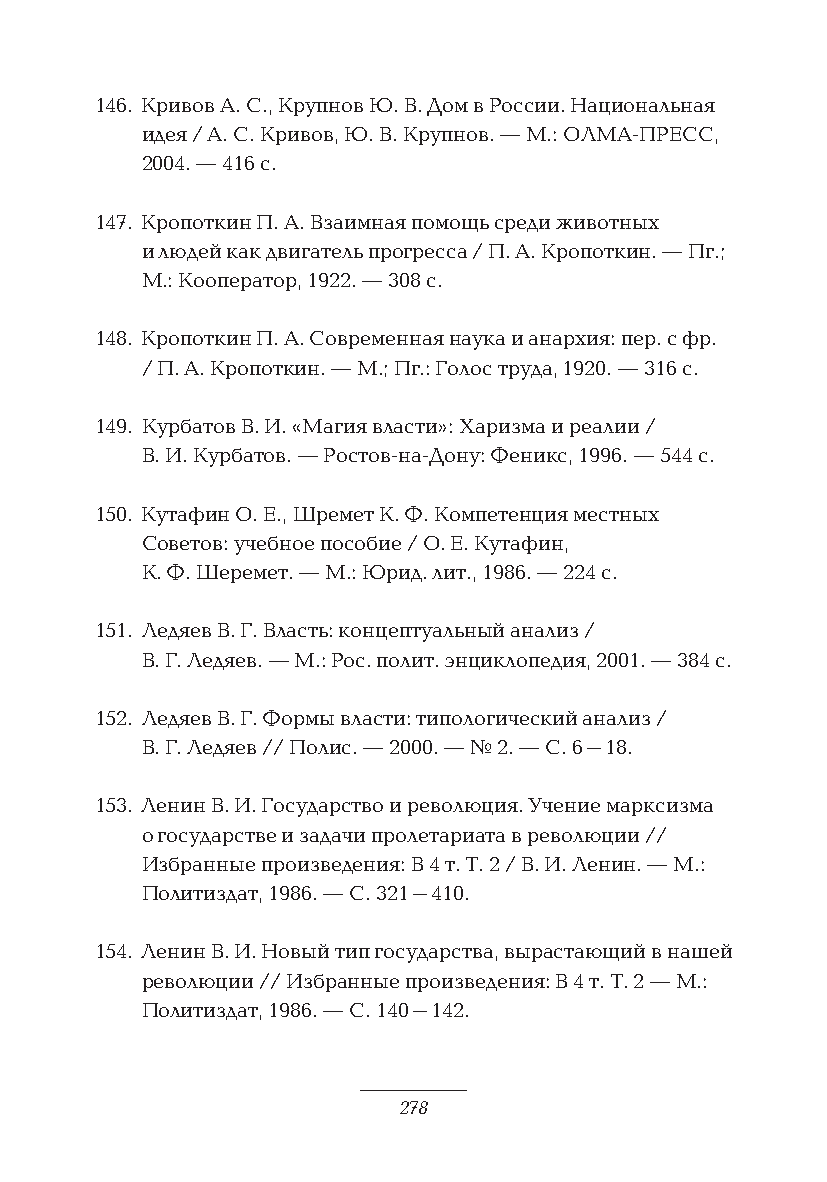
146. Кривов А. С., Крупнов Ю. В. Дом в России. Национальная
 идея / А. С. Кривов, Ю. В. Крупнов. — М.: ОЛМА-ПРЕСС,
 2004. — 416 с.
 147. Кропоткин П. А. Взаимная помощь среди животных
 и людей как двигатель прогресса / П. А. Кропоткин. — Пг.;
 М.: Кооператор, 1922. — 308 с.
 148. Кропоткин П. А. Современная наука и анархия: пер. с фр.
 / П. А. Кропоткин. — М.; Пг.: Голос труда, 1920. — 316 с.
 149. Курбатов В. И. «Магия власти»: Харизма и реалии /
 В. И. Курбатов. — Ростов-на-Дону: Феникс, 1996. — 544 с.
 150. Кутафин О. Е., Шремет К. Ф. Компетенция местных
 Советов: учебное пособие / О. Е. Кутафин,
 К. Ф. Шеремет. — М.: Юрид. лит., 1986. — 224 с.
 151. Ледяев В. Г. Власть: концептуальный анализ /
 В. Г. Ледяев. — М.: Рос. полит. энциклопедия, 2001. — 384 с.
 152. Ледяев В. Г. Формы власти: типологический анализ /
 В. Г. Ледяев // Полис. — 2000. — № 2. — С. 6–18.
 153. Ленин В. И. Государство и революция. Учение марксизма
 о государстве и задачи пролетариата в революции //
 Избранные произведения: В 4 т. Т. 2 / В. И. Ленин. — М.:
 Политиздат, 1986. — С. 321–410.
 154. Ленин В. И. Новый тип государства, вырастающий в нашей
 революции // Избранные произведения: В 4 т. Т. 2 — М.:
 Политиздат, 1986. — С. 140–142.
 278